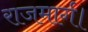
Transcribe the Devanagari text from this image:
राजमार्ग।